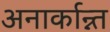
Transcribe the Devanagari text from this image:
अनार्कान्न्त